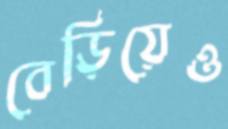
বেড়িয়েও